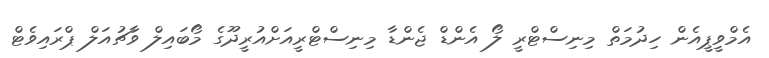
އެމްވީޕީއެން ހިދުމަތް މިނިސްޓްރީ ލޯ އެންޑް ޖެންޑާ މިނިސްޓްރީއަށްއުރީދޫގެ މޯބައިލް ވާޗުއަލް ޕްރައިވެޓް